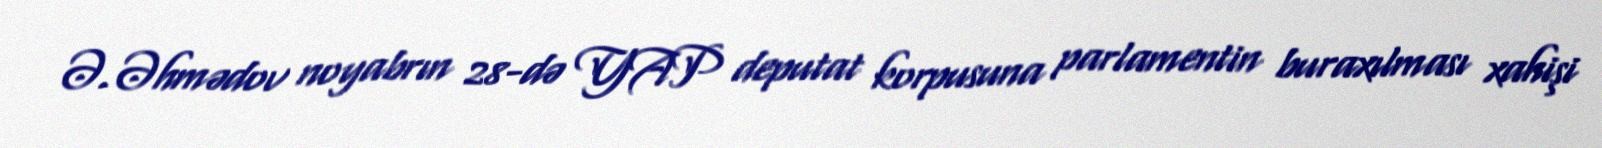
Ə.Əhmədov noyabrın 28-də YAP deputat korpusuna parlamentin buraxılması xahişi